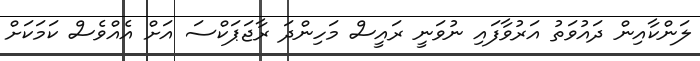
ލަންކާއިން ދައުވަތު އަރުވާފައި ނުވަނީ ރައީސް މަހިންދަ ރާޖަޕަކްސަ އަށް އެއްވެސް ކަމަކަށް